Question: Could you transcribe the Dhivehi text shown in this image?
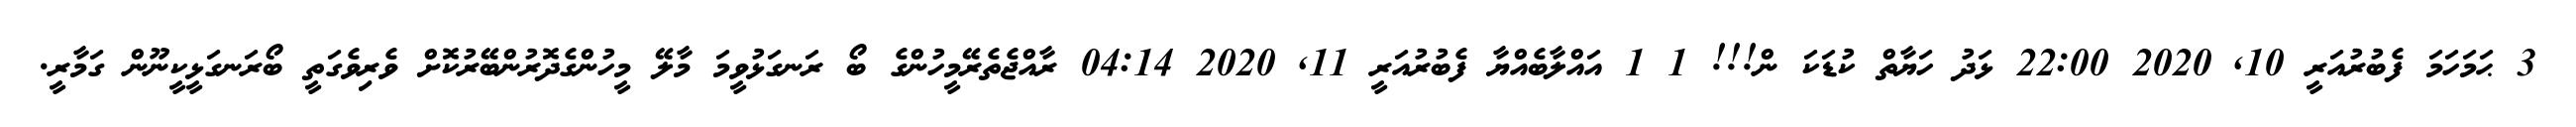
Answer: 3 ޙަމަހަމަ ފެބުރުއަރީ 10, 2020 22:00 ޅަދު ހަޔާތް ކުޑަކަ ން!!! 1 1 އައްލާބެއްޔާ ފެބުރުއަރީ 11, 2020 04:14 ރާއްޖެތެރޭމީހުންގެ ބޯ ރަނގަޅުވީމަ މާލޭ މީހުންގެދޮރުންބޭރުކޮށް ވެރިވެގަތީ ބޯރަނގަޅީކީނޫން ގަމާރީ.